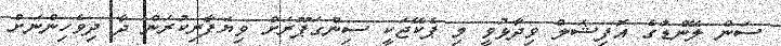
ސަން ލޭންޑުގެ އޮފިޝަލް ވިދާޅުވީ މި ޕެކޭޖަކީ ސިންގަޕޫރަށް ވިޔަފާރިކުރަން ދާ ދިވެހިންނަށް